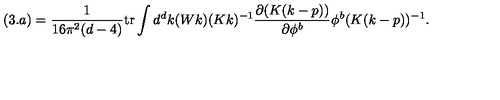
( 3 . a ) = \frac { 1 } { 1 6 \pi ^ { 2 } ( d - 4 ) } \mathrm { t r } \int d ^ { d } k ( W k ) ( K k ) ^ { - 1 } \frac { \partial ( K ( k - p ) ) } { \partial \phi ^ { b } } \phi ^ { b } ( K ( k - p ) ) ^ { - 1 } .